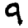
Digit: 9